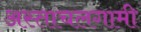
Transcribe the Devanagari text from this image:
अस्ताचलगामी